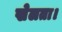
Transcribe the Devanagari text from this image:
खेलता।